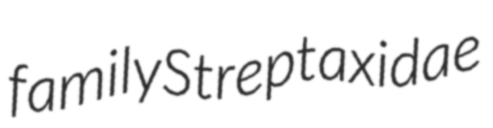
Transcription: family Streptaxidae